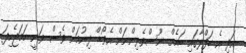
އަދި އެ ހަފްލާގައި ބައެެއް ނޫސްވެރިންނަށް އެވޯޑް ދިނުމަށް ވެސް ވަނީ ހަމަޖެހިފަ